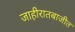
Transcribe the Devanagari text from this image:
जाहीरातबाजीत